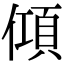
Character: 𬿦